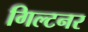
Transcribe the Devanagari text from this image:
गिल्टनर